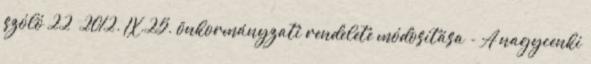
szóló 22 2012. IX.25. önkormányzati rendelete módosítása - A nagycenki